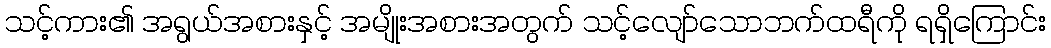
သင့်ကား၏ အရွယ်အစားနှင့် အမျိုးအစားအတွက် သင့်လျော်သောဘက်ထရီကို ရရှိကြောင်း